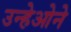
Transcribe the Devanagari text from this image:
उन्हेओने